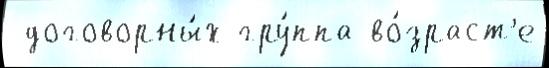
 договорны́х гру́ппа во́зраст'е